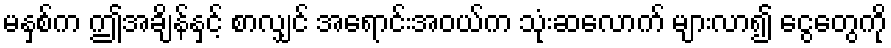
မနှစ်က ဤအချိန်နှင့် စာလျှင် အရောင်းအဝယ်က သုံးဆလောက် များလာ၍ ငွေတွေကို